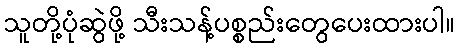
သူတို့ပုံဆွဲဖို့ သီးသန့်ပစ္စည်းတွေပေးထားပါ။